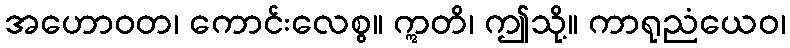
အဟောဝတ၊ ကောင်းလေစွ။ ဣတိ၊ ဤသို့။ ကာရုညံယေဝ၊